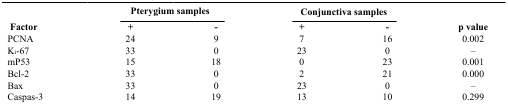
|  | <COLSPAN=2> Pterygium samples | <COLSPAN=2> Conjunctiva samples |  |
 | Factor | + | - | + | - | p value |
 | --- | --- | --- | --- | --- | --- |
 | PCNA | 24 | 9 | 7 | 16 | 0.002 |
 | Ki-67 | 33 | 0 | 23 | 0 | – |
 | mP53 | 15 | 18 | 0 | 23 | 0.001 |
 | Bcl-2 | 33 | 0 | 2 | 21 | 0.000 |
 | Bax | 33 | 0 | 23 | 0 | – |
 | Caspas-3 | 14 | 19 | 13 | 10 | 0.299 |